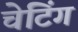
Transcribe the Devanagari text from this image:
चेटिंग